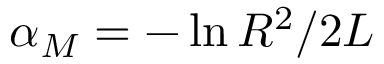
\alpha _ { M } = - \ln { R ^ { 2 } } / 2 L